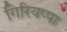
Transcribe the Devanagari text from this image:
गिरियप्पा